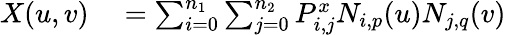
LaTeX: \begin{array}{rl}{X(u,v)}&{{}=\sum_{i=0}^{n_{1}}\sum_{j=0}^{n_{2}}P_{i,j}^{x}N_{i,p}(u)N_{j,q}(v)}\end{array}